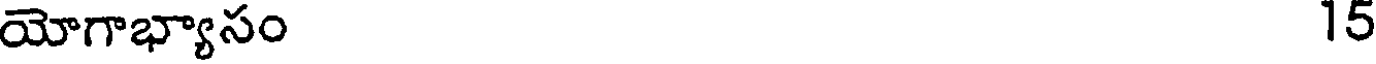
యోగాభ్యాసం 15